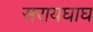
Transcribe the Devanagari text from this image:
सरायघाघ